Sanitation, dispensaries and jails vaccination Rajputana 1922-1927 - 1922-1927
Year: 1922
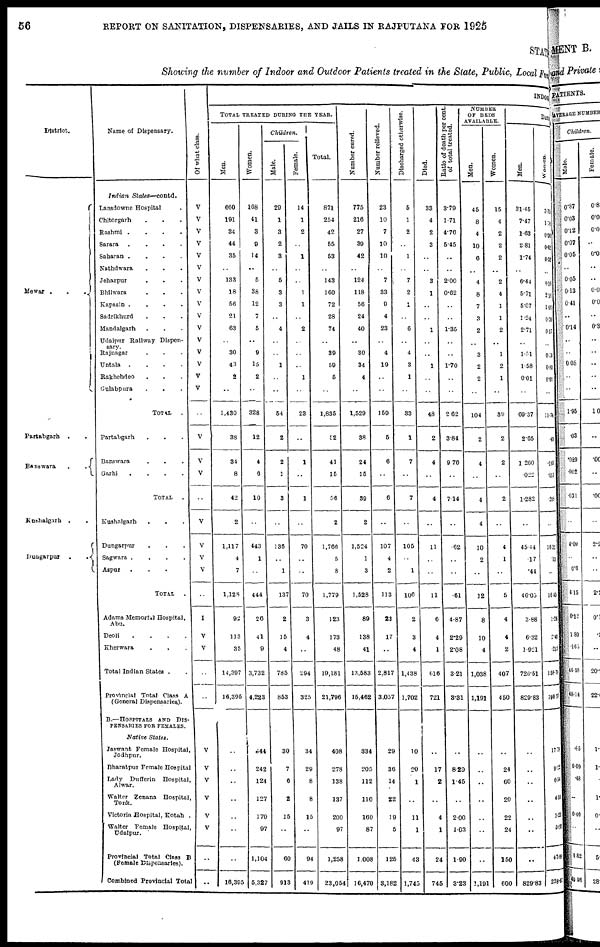
56
REPORT ON SANITATION, DISPENSARIES, AND JAILS IN RAJPUTANA FOR 1925
STATE
Showing the number of Indoor and Outdoor Patients treated in the State, Public, Local Fund
District.
Mewar .
.
.
Partabgarh
.
Banswara
.
.
Kushalgarh . .
Dungarpur
.
.
Name of Dispensary.
Indian
States—contd.
Lansdowne Hospital.
Chitorgarh . . .
Rashmi .
.
.
.
Sarara
.
.
.
.
Saharan .
.
.
.
Nathdwara . . .
Jehazpur
.
. .
Bhilwara . . .
Kapasin .
.
.
.
Sadrikhurd . . . .
Mandalgarh . . .
Udaipur Railway Dispen-
sary.
Rajnagar . . .
Untala
.
.
.
.
Rakhehdeo . . .
Gulabpura . . .
TOTAL
.
Partabgarh . . . .
Banswara . . .
Garhi
.
.
.
.
TOTAL
Kushalgarh . .
Dungarpur . . .
Sagwara .
.
.
.
Aspur . . . .
TOTAL
.
Adams Memorial Hospital,
Abu.
Deoli
.
.
.
.
Kherwara . . . .
Total Indian States .
Provincial Total Class A
(General Dispensaries).
B.—HOSPITALS AND DIS-
PENSARIES FOR FEMALES.
Native
States.
Jaswant Female Hospital,
Jodhpur.
Bharatpur Female Hospital
Lady Dufferin
Hospital,
Alwar.
Walter Zenana Hospital,
Tonk.
Victoria Hospital, Kotah .
Walter Female Hospital,
Udaipur.
Provincial Total Class B
(Female Dispensaries).
Combined Provincial Total .
Of what class.
V
V
V
V
V
V
V
V
V
V
V
V
V
V
V
V
V
V
V
..
V
V
V
V
..
I
V
V
..
..
V
V
V
V
V
V
..
..
INDOOR
TOTAL TREATED DURING THE YEAR.
Men.
660
191
34
44
35
..
133
18
56
21
63
30
43
2
1,430
38
34
8
42
2
1,117
4
7
1,128
92
113
35
14,397
16,395
..
..
..
..
..
..
..
16,395
Women.
168
41
3
9
14
..
5
38
12
7
5
..
9
16
2
328
12
4
6
10
..
443
1
..
444
26
41
9
3,732
4,223
644
242
124
127
1.70
97
1,104
5,327
Children.
Male.
29
1
3
2
3
..
5
3
3
..
4
..
1
54
2
2
1
3
..
136
..
1
137
2
15
4
785
863
30
7
6
8
15
..
60
913
Female.
14
1
2
..
1
..
..
1
1
..
2
..
..
1
23
..
1
..
1
..
70
..
..
70
3
4
..
294
325
34
29
8
8
15
..
94
419
Total.
871
254
42
55
53
..
143
160
72
28
74
39
59
5
1,835
52
41
15
56
2
1,766
5
8
1,779
123
173
48
19,181
21,796
408
278
138
137
200
97
1,258
23,054
Number cured.
775
216
27
39
42
..
124
118
56
24
40
30
34
4
1,529
38
24
15
39
2
1,524
1
3
1,528
89
138
41
13,583
15,462
334
205
112
110
160
87
1,008
16,470
Number relieved.
23
10
7
10
10
..
7
33
9
4
23
4
19
159
5
6
..
6
..
107
4
2
113
23
17
..
2,817
3,057
29
36
14
22
19
5
125
3,182
Discharged otherwise.
5
1
2
..
1
..
7
2
1
..
6
4
3
1
33
1
7
..
7
..
105
..
1
106
2
3
4
1,438
1,702
10
20
1
..
11
1
43
1,745
Died.
33
4
2
3
..
..
3
1
..
..
1
..
1
48
2
4
..
4
..
11
..
..
11
6
4
1
616
721
..
17
2
..
4
1
24
745
Ratio of death per cent.
of total treated.
3.79
1.71
4.76
5.45
..
..
2.00
0.62
..
..
1.35
..
1.70
2.62
3.84
9.76
..
7.14
..
.62
..
..
.61
4.87
2.29
2.08
3.21
3.31
..
8.29
1.45
..
2.00
1.03
1.90
3.32
NUMBER
OF BEDS
AVAILABLE.
Men.
45
8
4
10
6
..
4
8
7
3
2
3
2
2
104
2
4
..
4
4
10
2
..
12
8
10
4
1,038
1,191
..
..
..
..
..
..
..
1,191
Women.
15
4
2
2
2
..
2
4
1
1
2
1
2
1
39
2
2
..
2
..
4
1
..
5
4
4
2
407
450
..
24
60
20
22
24
150
600
DAILY
Men.
31.45
7.47
1.63
2.81
1.74
..
6.44
5.71
5.07
1.24
2.71
1.51
1.58
001
09.37
2.65
1.260
.022
1.282
..
45.44
.17
.44
46.05
3.88
6.32
1.921
726.51
829.83
..
..
..
..
..
..
..
829.83
Women.
3.75
1.74
0.04
0.62
0.52
0.14
2.16
1. 06
0. 2
0. 17
0. 50
0. 83
0.01
11.74
.43
. 195
.013
. 205
..
16.32
.13
..
16.45
1.26
.215
158.78
390.77
17.79
9.22
6.54
4. 10
5.23
5.02
47.93
238.63